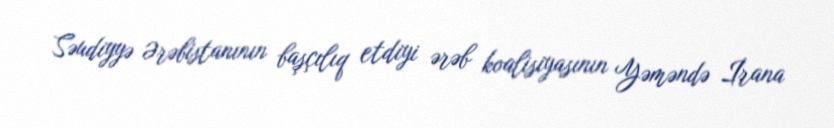
Səudiyyə Ərəbistanının başçılıq etdiyi ərəb koalisiyasının Yəməndə İrana